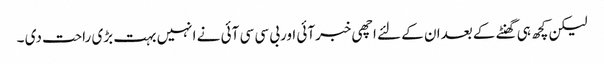
لیکن کچھ ہی گھنٹے کے بعدان کے لئے اچھی خبرآئی اوربی سی سی آئی نے انہیں بہت بڑی راحت دی ۔